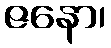
ဇနော၊